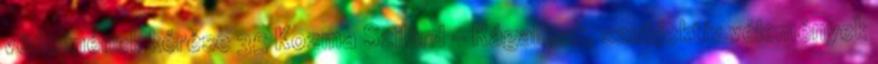
védelmének kérése 35 Kozma Szilárd - Rágalmak, szubjektív vélemények